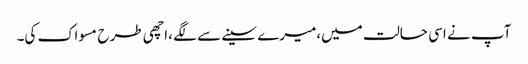
آپ نے اسی حالت میں،میرے سینے سے لگے ،اچھی طرح مسواک کی۔